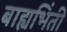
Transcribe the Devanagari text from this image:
बाह्यभिंती